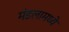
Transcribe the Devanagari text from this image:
मंडलामध्ये